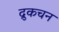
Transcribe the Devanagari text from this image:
द्रुकचन